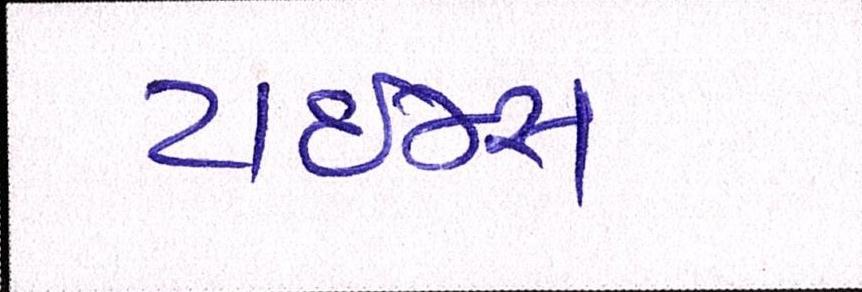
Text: ટાઈમ્સ